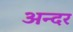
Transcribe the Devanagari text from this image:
अन्दर